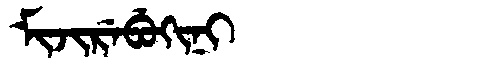
Manchu: ᠮᡳᠵᡳᡵᡝᠪᡠᡴᡳᠨᡳ
Romanization: MIJIREBUKINI